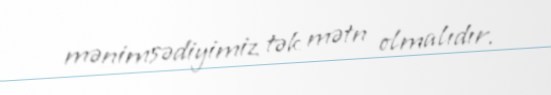
mənimsədiyimiz tək mətn olmalıdır.